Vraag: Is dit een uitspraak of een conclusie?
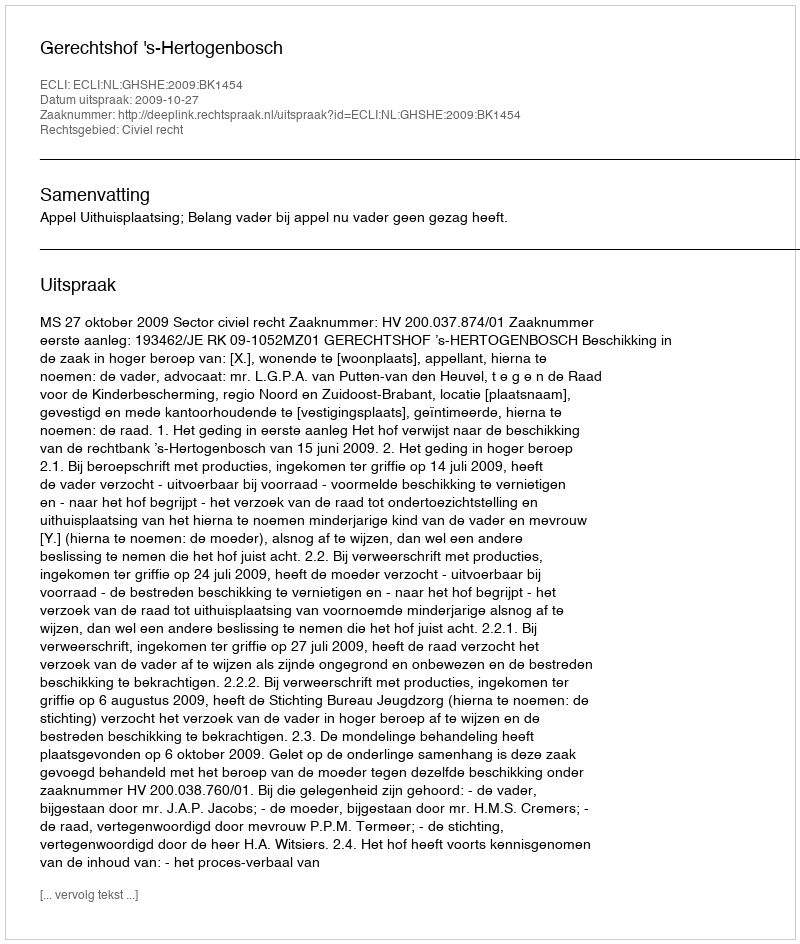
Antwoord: Uitspraak